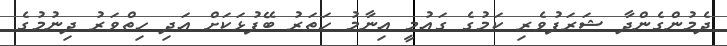
ދެމުންގެންދާ ޝަރަފުވެރި ކަމުގެ ގައުމީ އިނާމު ހަތަރު ބޭފުޅަކަށް އަދި ހިތްވަރު ދިނުމުގެ